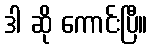
ဒါ ဆို ကောင်းပြီ။